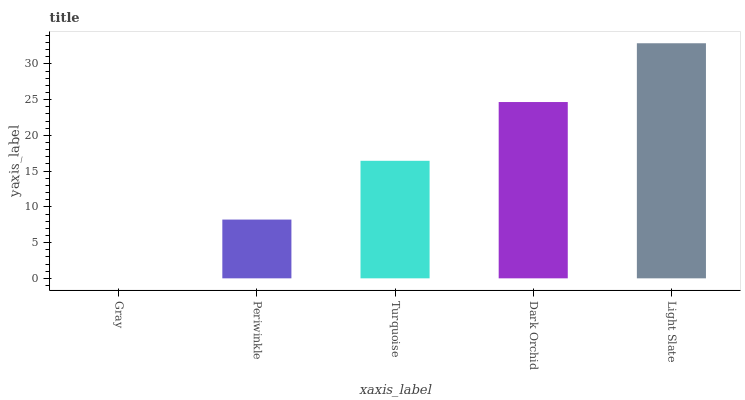
| xaxis_label | bars |
 | --- | --- |
 | Gray | 0 |
 | Periwinkle | 8.22 |
 | Turquoise | 16.4 |
 | Dark Orchid | 24.7 |
 | Light Slate | 32.9 |